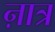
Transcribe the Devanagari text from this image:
ऩात्र